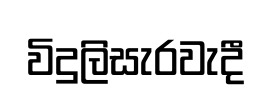
විදුලිසැරවැදී